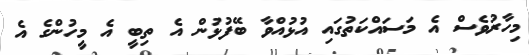
މިހާރުވެސް އެ މަސައްކަތުގައި އުޅުއްވާ ބޭފުޅުން އެ ތިބީ އެ މީހުންގެ އެ